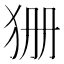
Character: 㹪